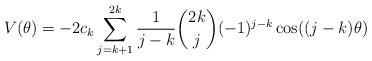
LaTeX: \begin{align*} V(\theta) = -2c_k\sum_{j=k+1}^{2k}\frac{1}{j-k} \binom{2k}{j}(-1)^{j-k} \cos((j-k)\theta)\end{align*}